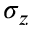
\sigma _ { z }